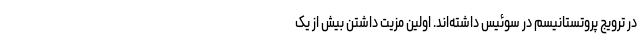
در ترویج پروتستانیسم در سوئیس داشته‌اند. اولین مزیت داشتن بیش از یک